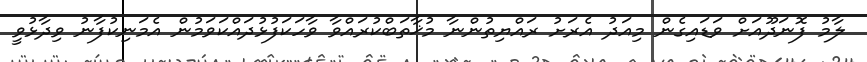
ލާމު ފޮނަދޫއަށް ވަޑައިގެން މިއަދު އެރަށު ރައްޔިތުންނާ މުޚާތަބްކުރައްވާ ވާހަކަފުޅުދައްކަވަމުން އެމަނިކުފާނު ވިދާޅުވީ